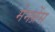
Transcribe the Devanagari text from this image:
मेमब्रेंस